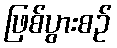
ဖြစ်ပွားစဉ်